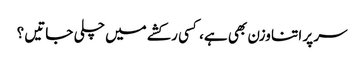
سر پر اتنا وزن بھی ہے، کسی رکشے میں چلی جاتیں ؟